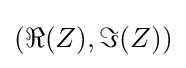
(\Re {(Z)},\Im {(Z)})